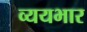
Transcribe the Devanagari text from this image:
व्ययभार